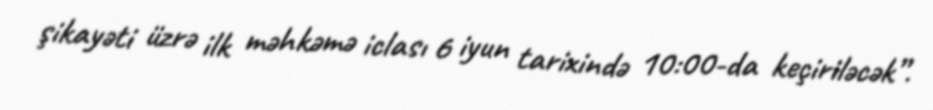
şikayəti üzrə ilk məhkəmə iclası 6 iyun tarixində 10:00-da keçiriləcək”.